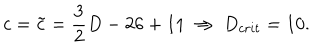
c = \tilde { c } = \frac { 3 } { 2 } D - 2 6 + 1 1 \ \Rightarrow \ D _ { c r i t } = 1 0 .